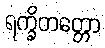
ရက္ခိတတ္တော